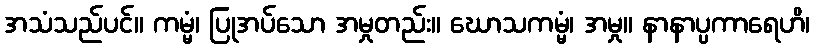
အသံသည်ပင်။ ကမ္မံ၊ ပြုအပ်သော အမှုတည်း။ ဃောသကမ္မံ၊ အမှု။ နာနာပ္ပကာရေဟိ၊